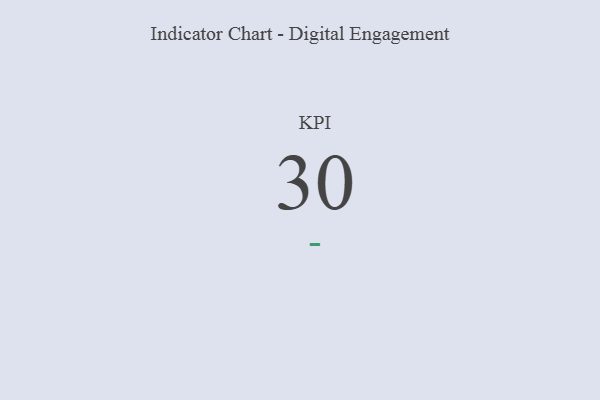
{"axis": {"x": "KPI", "y": "Value"}, "legend": [""], "data": [{"x": "KPI", "y": 30, "type": ""}]}